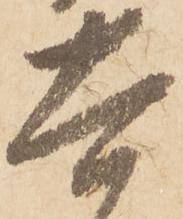
太